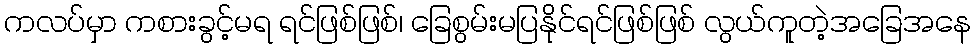
ကလပ်မှာ ကစားခွင့်မရ ရင်ဖြစ်ဖြစ်၊ ခြေစွမ်းမပြနိုင်ရင်ဖြစ်ဖြစ် လွယ်ကူတဲ့အခြေအနေ